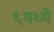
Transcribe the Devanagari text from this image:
६मध्ये